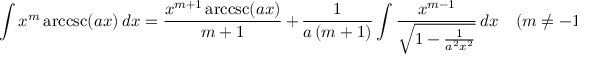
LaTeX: \int x ^ { m } \operatorname { a r c c s c } ( a x ) \, d x = { \frac { x ^ { m + 1 } \operatorname { a r c c s c } ( a x ) } { m + 1 } } \, + \, { \frac { 1 } { a \, ( m + 1 ) } } \int { \frac { x ^ { m - 1 } } { \sqrt { 1 - { \frac { 1 } { a ^ { 2 } x ^ { 2 } } } } } } \, d x \quad ( m \neq - 1 )